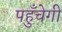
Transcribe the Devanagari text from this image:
पहुँचेगी